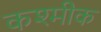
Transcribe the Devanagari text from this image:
कश्मीक